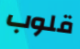
قلوب